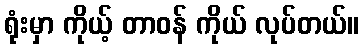
ရုံးမှာ ကိုယ့် တာဝန် ကိုယ် လုပ်တယ်။